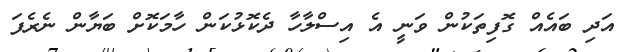
އަދި ބައެއް ގޮފިތަކުން ވަނީ އެ އިސްލާހާ ދެކޮޅުކަން ހާމަކޮށް ބަޔާން ނެރެފަ